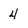
Character: 4